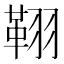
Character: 𦑜